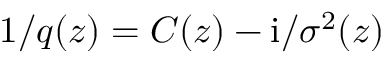
1 / q ( z ) = C ( z ) - \mathrm { i } / \sigma ^ { 2 } ( z )